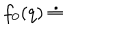
f _ { 0 } ( q ) \doteq